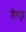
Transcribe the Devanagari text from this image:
लेंगपुइ